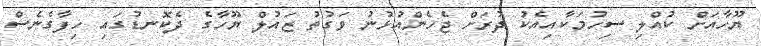
ޔޫހާއަށް ކުއްލި ސިހުމަކާއިއެކު ދުރަށް ޖެހެންއުޅުނު ވަގުތު ޒައުލް ޔޫހާގެ ދެކޮނޑުގައި ހިފާގެނެސް